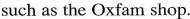
such as the Oxfam shop.